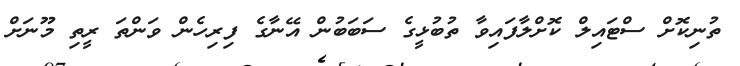
ތުނިކޮށް ސްޓައިލް ކޮށްލާފައިވާ ތުބުޅީގެ ސަބަބުން އޭނާގެ ފިރިހެން ވަންތަ ރީތި މޫނަށް